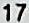
17